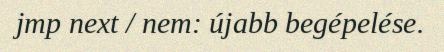
jmp next / nem: újabb begépelése.